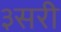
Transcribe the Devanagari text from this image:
३सरी